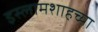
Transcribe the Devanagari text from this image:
इस्लामशाहच्या